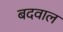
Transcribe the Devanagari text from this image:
बदवाल